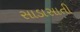
સાડાસાતી